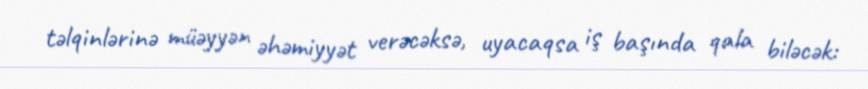
təlqinlərinə müəyyən əhəmiyyət verəcəksə, uyacaqsa iş başında qala biləcək: